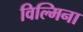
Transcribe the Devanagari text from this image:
विल्‍मिना